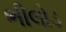
ભીલોડ